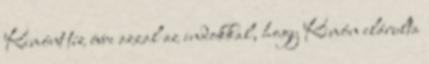
Kimónt tíz évre azzal az indokkal, hogy Kimón elárulta